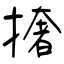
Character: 撦